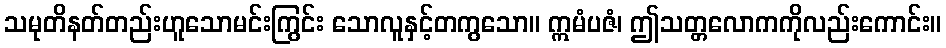
သမုတိနတ်တည်းဟူသောမင်းကြွင်း သောလူနှင့်တကွသော။ ဣမံပဇံ၊ ဤသတ္တလောကကိုလည်းကောင်း။